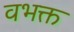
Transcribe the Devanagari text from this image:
वभक्त